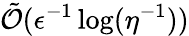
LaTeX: \tilde{\mathcal{O}}(\epsilon^{-1}\log(\eta^{-1}))